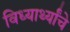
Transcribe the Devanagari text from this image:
विध्यार्थ्यांचे